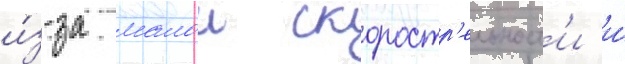
и́з-за малои скоростр'ельност'и и́